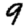
Digit: 9